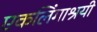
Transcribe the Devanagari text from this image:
एकलिंगाश्रयी